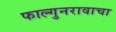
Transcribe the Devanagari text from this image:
फाल्गुनरावाचा